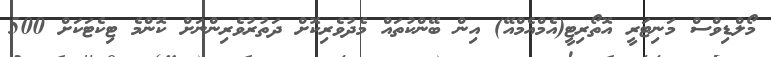
މޯލްޑިވްސް މަނިޓަރީ އޮތޯރިޓީ(އެމްއެމްއޭ) އިން ބޭންކުތައް މެދުވެރިކޮށް ދަތުރުވެރިންނަށް ކޮންމެ ޓިކެޓަކަށް 500